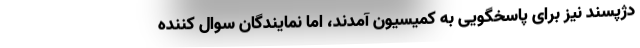
دژپسند نیز برای پاسخگویی به کمیسیون آمدند، اما نمایندگان سوال کننده